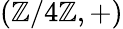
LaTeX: (\mathbb{Z}/4\mathbb{Z},+)